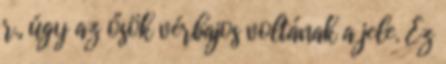
r., úgy az ősök vérbajos voltának a jele. Ez